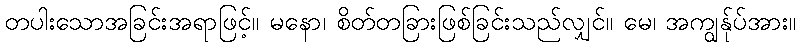
တပါးသောအခြင်းအရာဖြင့်။ မနော၊ စိတ်တခြားဖြစ်ခြင်းသည်လျှင်။ မေ၊ အကျွန်ုပ်အား။